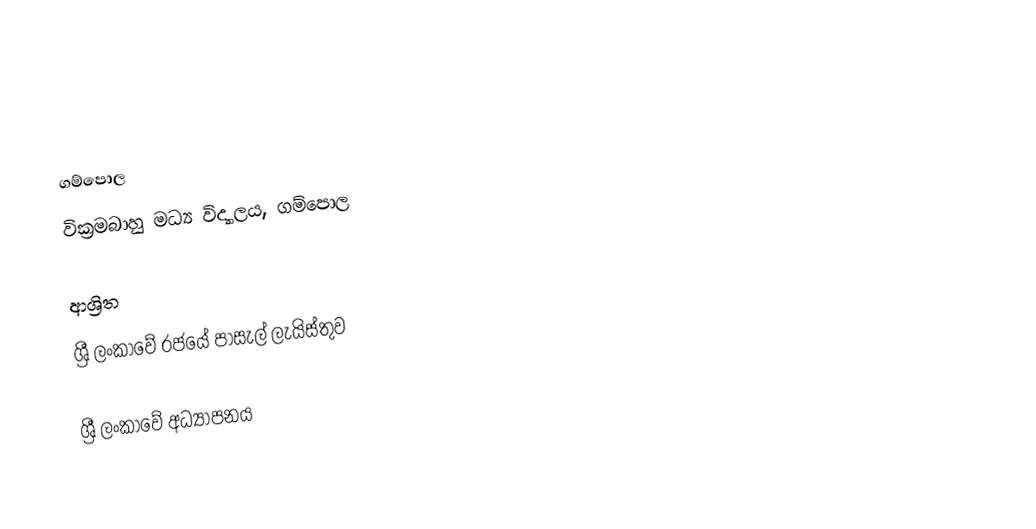

ගම්පොල
 වික්‍රමබාහු මධ්‍ය විද්‍යාලය, ගම්පොල

ආශ්‍රිත
 ශ්‍රී ලංකාවේ රජයේ පාසැල් ලැයිස්තුව

ශ්‍රී ලංකාවේ අධ්‍යාපනය